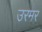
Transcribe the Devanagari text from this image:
उरमर